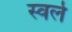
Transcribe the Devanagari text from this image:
स्वर्ल